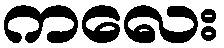
ကလေး